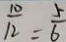
\frac { 1 0 } { 1 2 } = \frac { 5 } { 6 }